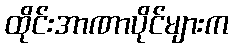
ထိုင်းအာဏာပိုင်များက